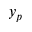
y _ { p }